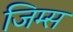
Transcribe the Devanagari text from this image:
जिम्स